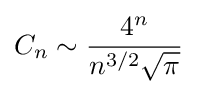
C_{n}\sim {\frac {4^{n}}{n^{3/2}{\sqrt {\pi }}}}